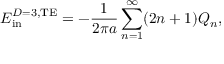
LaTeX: E _ { \mathrm { i n } } ^ { D = 3 , \mathrm { T E } } = - { \frac { 1 } { 2 \pi a } } \sum _ { n = 1 } ^ { \infty } ( 2 n + 1 ) Q _ { n } ,